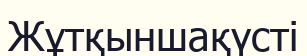
Жұтқыншақүсті